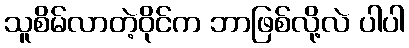
သူစိမ်လာတဲ့ဝိုင်က ဘာဖြစ်လို့လဲ ပါပါ